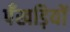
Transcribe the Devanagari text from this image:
पँखड़ियों